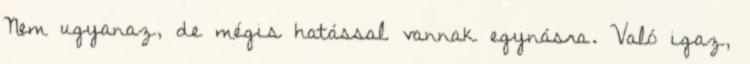
Nem ugyanaz, de mégis hatással vannak egynásra. Való igaz,